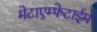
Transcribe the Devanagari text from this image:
मेटाएम्फेटाईम